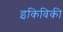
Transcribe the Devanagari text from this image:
इकिविकी